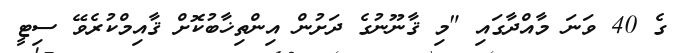
ގެ 40 ވަނަ މާއްދާގައި "މި ޤާނޫނުގެ ދަށުން އިންތިޚާބުކޮށް ޤާއިމްކުރެވޭ ސިޓީ